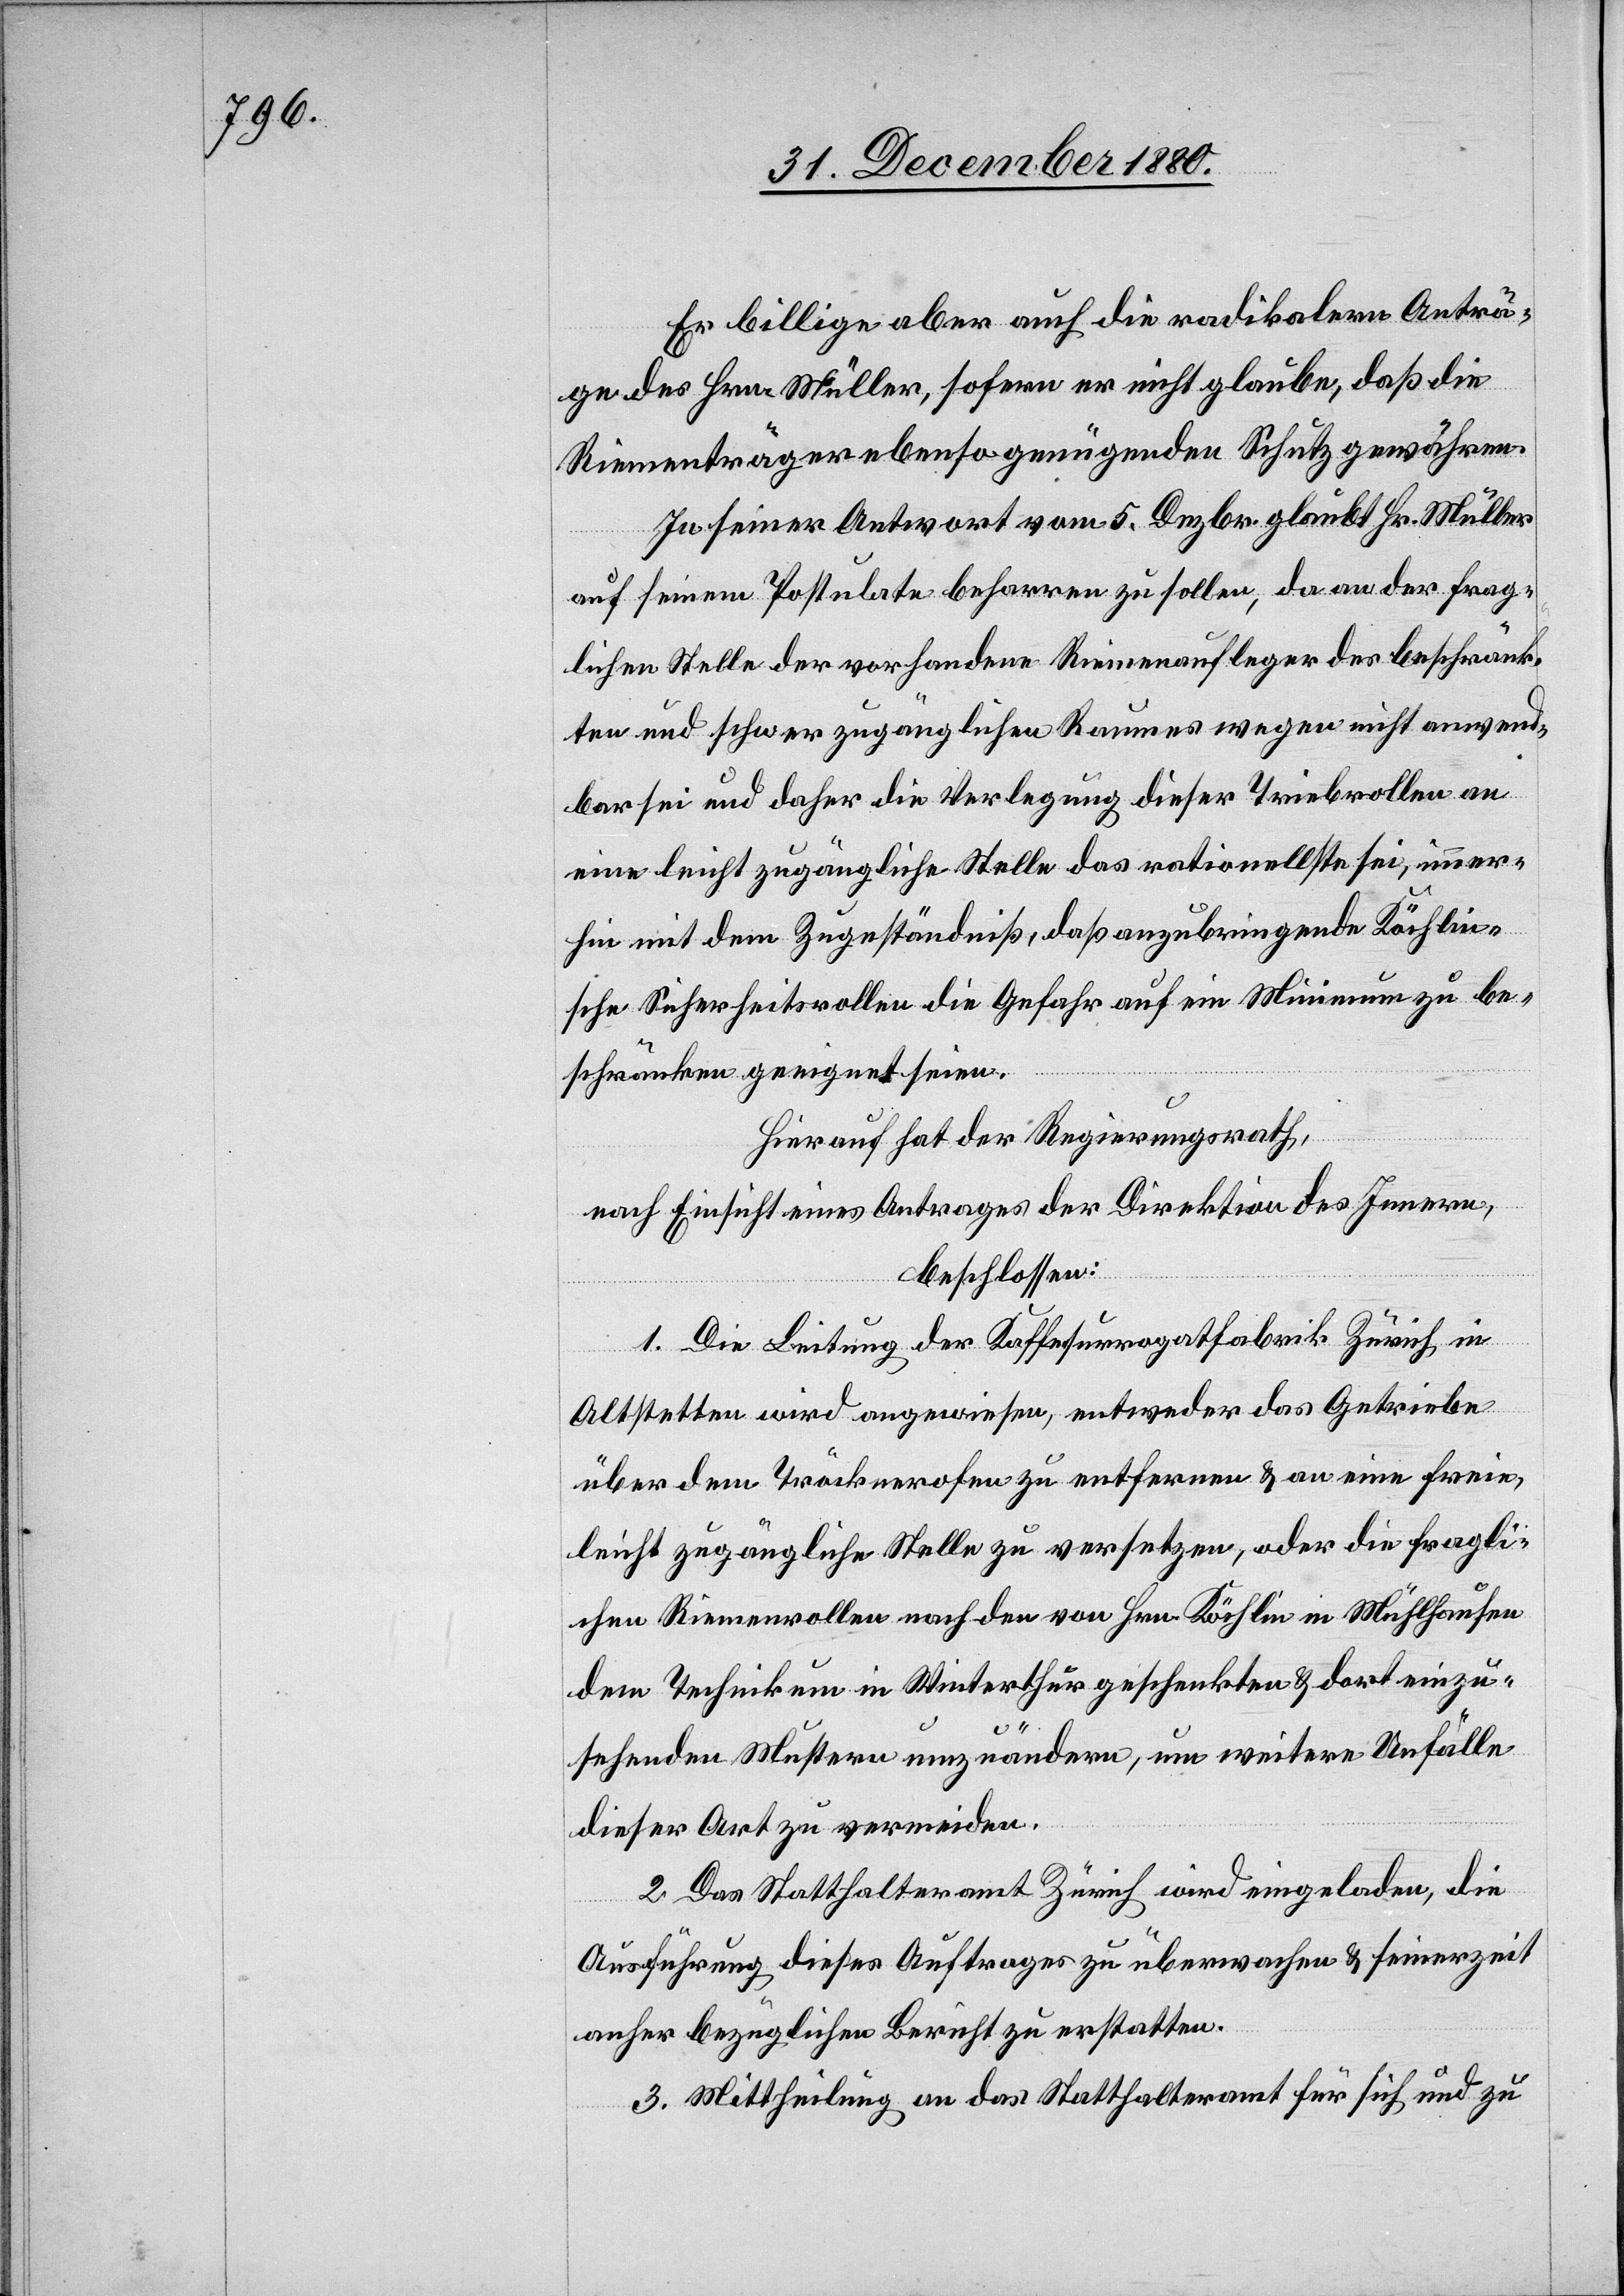
Er billige aber auch die radikalen Anträ¬
ge des Hrn. Müller, sofern er nicht glaube, daß die
Riementräger ebenso genügenden Schutz gewähren.
In seiner Antwort vom 5. Dezbr. glaubt Hr. Müller
auf seinem Postulate beharren zu sollen, da an der frag¬
lichen Stelle der vorhandene Riemenaufleger des beschränk¬
ten und schwer zugänglichen Raumes wegen nicht anwend¬
bar sei und daher die Verlegung dieser Triebrollen an
eine leicht zugängliche Stelle das rationellste sei, immer¬
hin mit dem Zugeständniß, daß anzubringende Köchlin¬
sche Sicherheitsrollen die Gefahr auf ein Minimum zu be¬
schränken geeignet seien.
Hierauf hat der Regierungsrath,
nach Einsicht eines Antrages der Direktion des Innern,
beschlossen:
1. Die Leitung der Kaffesurrogatfabrik Zürich in
Altstetten wird angewiesen, entweder das Getriebe
über dem Tröcknerofen zu entfernen & an eine freie,
leicht zugängliche Stelle zu versetzen, oder die fragli¬
chen Riemenrollen nach den von Hrn. Köchlin in Mühlhausen
dem Technikum in Winterthur geschenkten & dort einzu¬
sehenden Mustern umzuändern, um weitere Unfälle
2. Das Statthalteramt Zürich wird eingeladen, die
Ausführung dieses Auftrages zu überwachen & seinerzeit
anher bezüglichen Bericht zu erstatten.
3. Mittheilung an das Statthalteramt für sich und zu